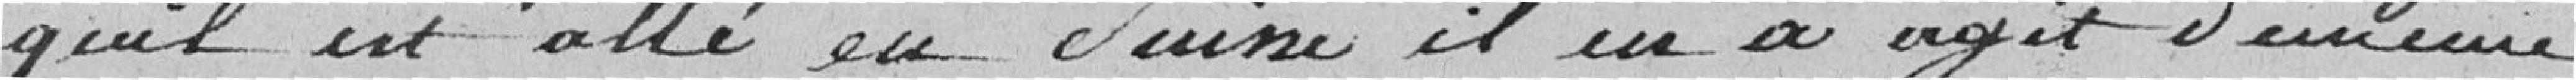
qu'il est allé en Suisse il en a agit de même